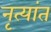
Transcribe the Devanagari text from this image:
नृत्यांत